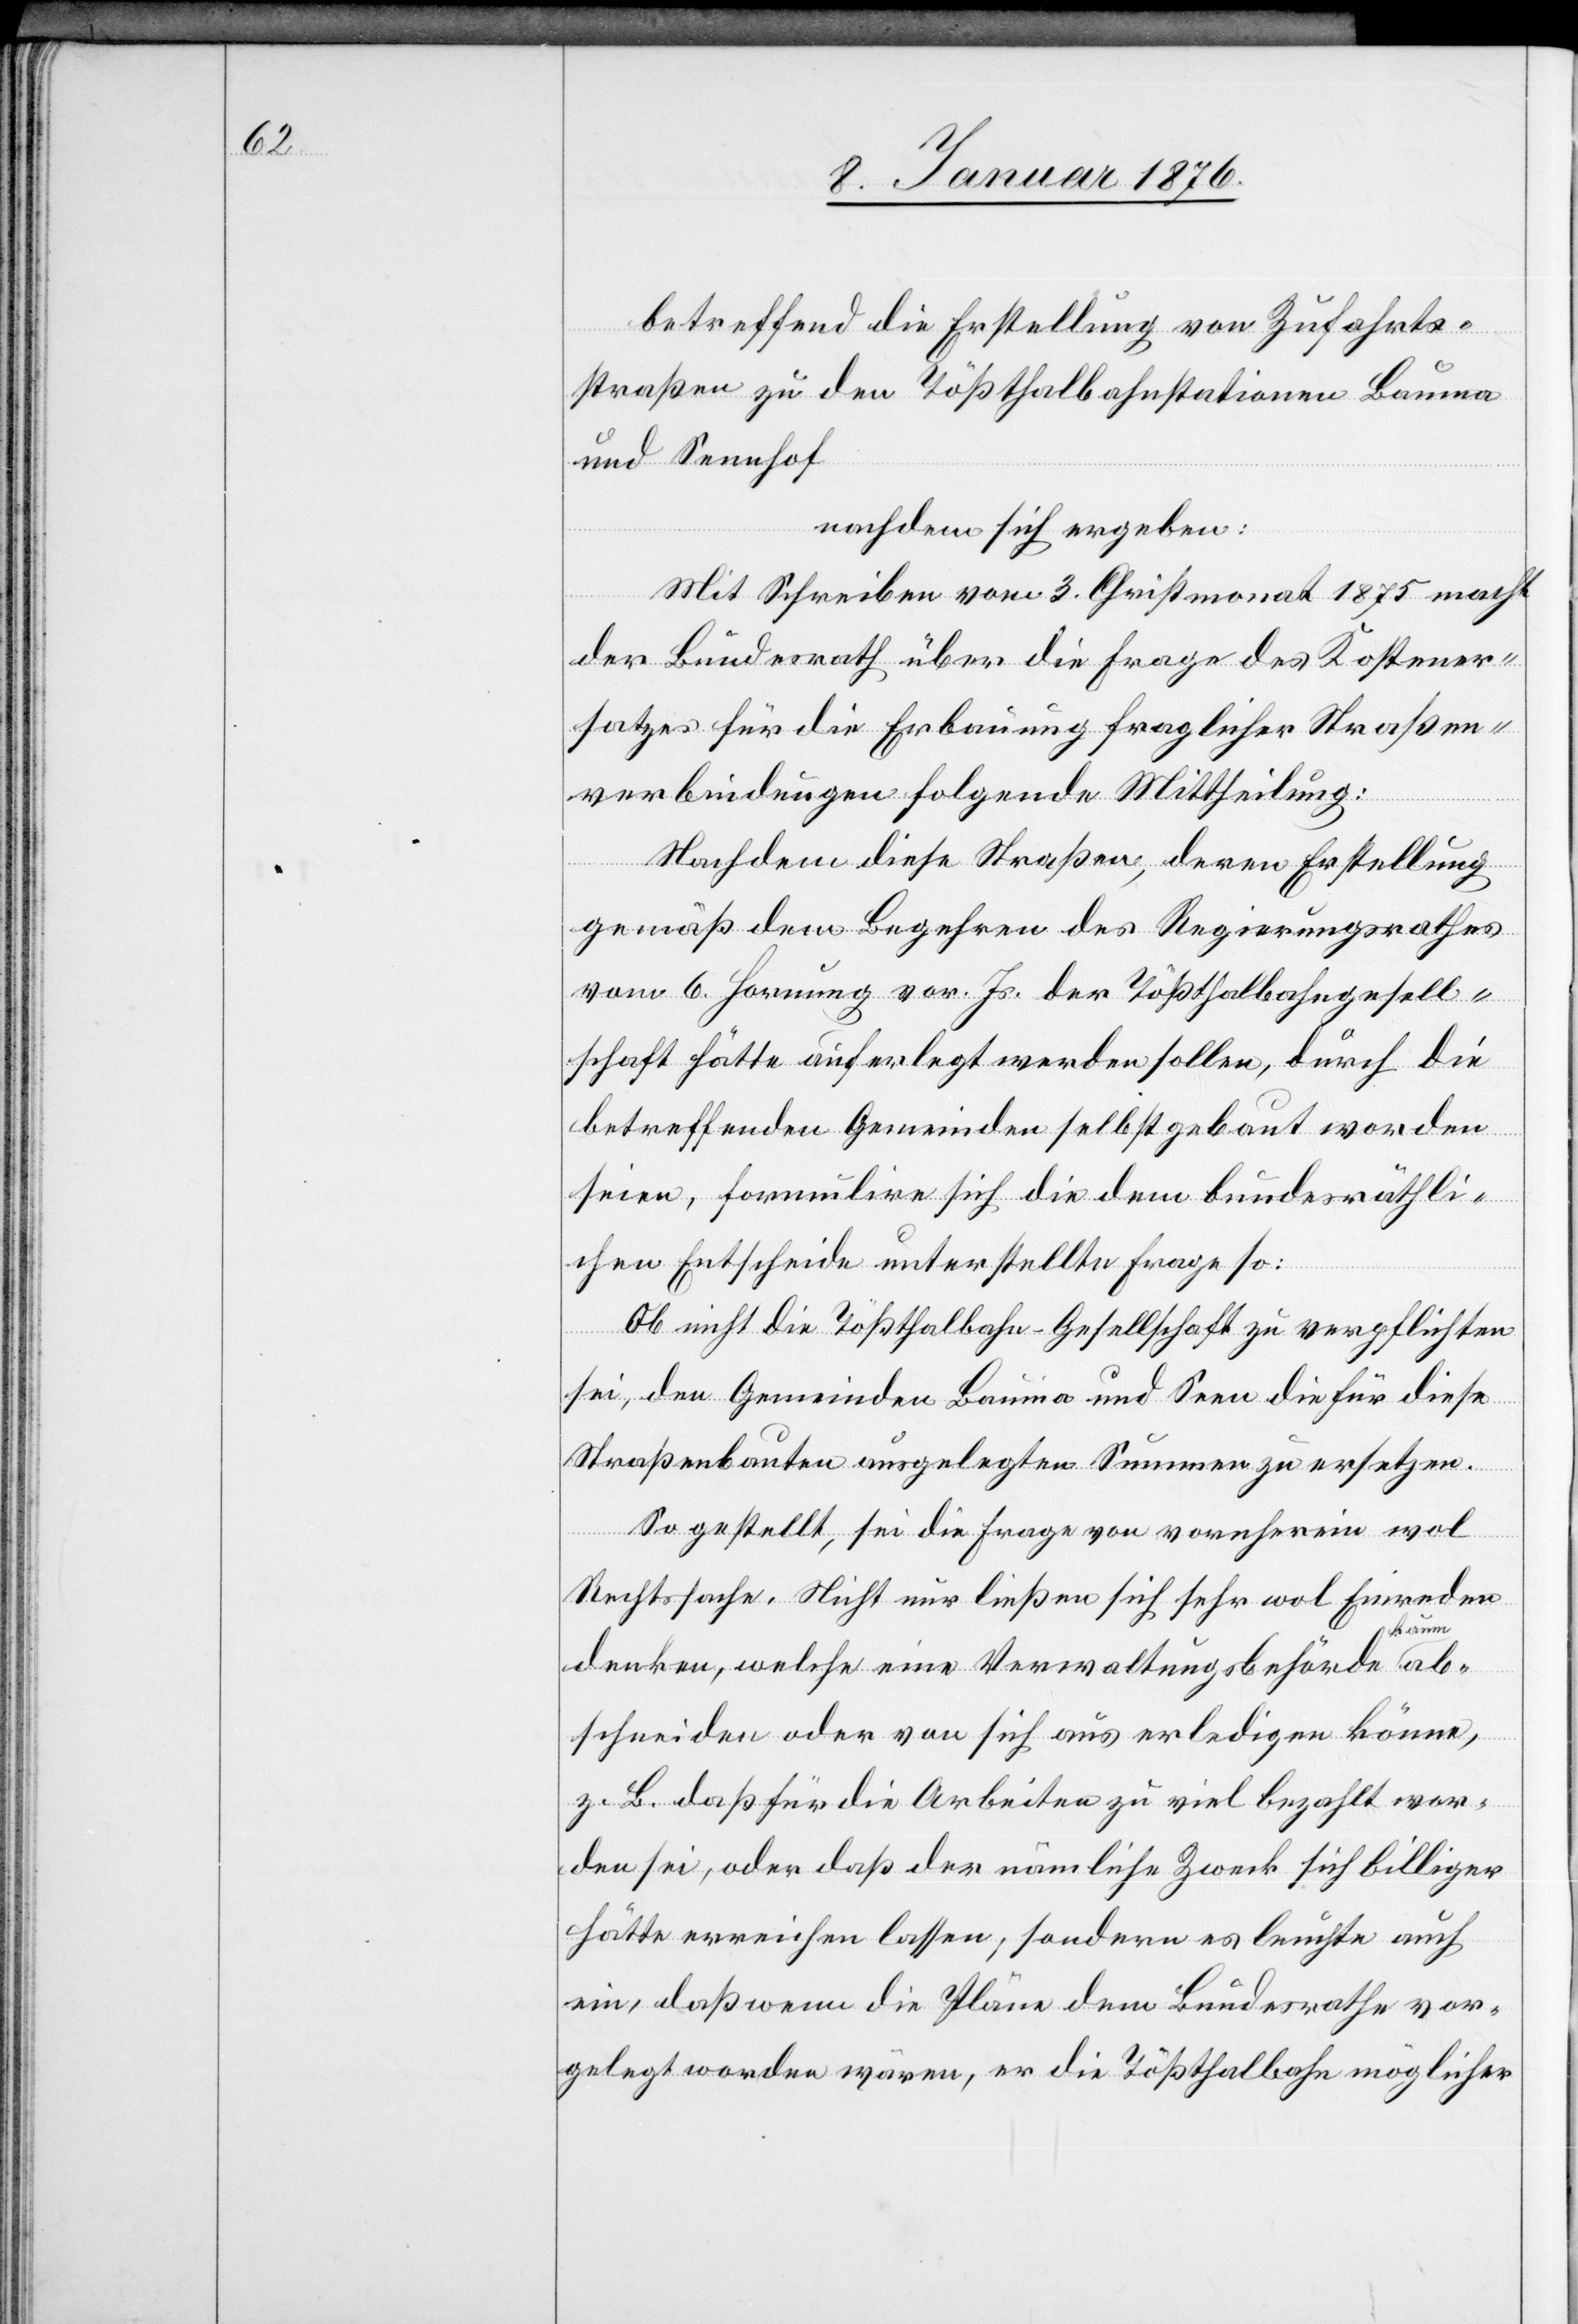
betreffend die Erstellung von Zufahrts¬
straßen zu den Tößthalbahnstationen Bauma
und Sennhof
nachdem sich ergeben:
Mit Schreiben vom 3. Christmonat 1875 macht
der Bundesrath über die Frage des Kostener¬
satzes für die Erbauung fraglicher Straßen¬
verbindungen folgende Mittheilung:
Nachdem diese Straße, deren Erstellung
gemäß dem Begehren des Regierungsrathes
vom 6. Hornung vor. Js. der Tößthalbahngesell¬
schaft hätte auferlegt werden sollen, durch die
betreffenden Gemeinden selbst gebaut worden
seien, formulire sich die dem bundesräthli¬
chen Entscheide unterstellte Frage so:
Ob nicht die Tößthalbahn-Gesellschaft zu verpflichten
sei, den Gemeinden Bauma und Seen die für diese
Straßenbauten ausgelegten Summen zu ersetzen.
So gestellt, sei die Frage von vornherein wol
Rechtssache. Nicht nur ließen sich sehr wol Einreden
denken, welche eine Verwaltungsbehörde kaum ab¬
schneiden oder von sich aus erledigen könne,
z. B. daß für die Arbeiten zu viel bezahlt wor¬
den sei, oder daß der nämliche Zweck sich billiger
hätte erreichen lassen, sondern es leuchte auch
ein, daß wenn die Pläne dem Bundesrath vor¬
gelegt worden wären, er die Tößthalbahn möglicher